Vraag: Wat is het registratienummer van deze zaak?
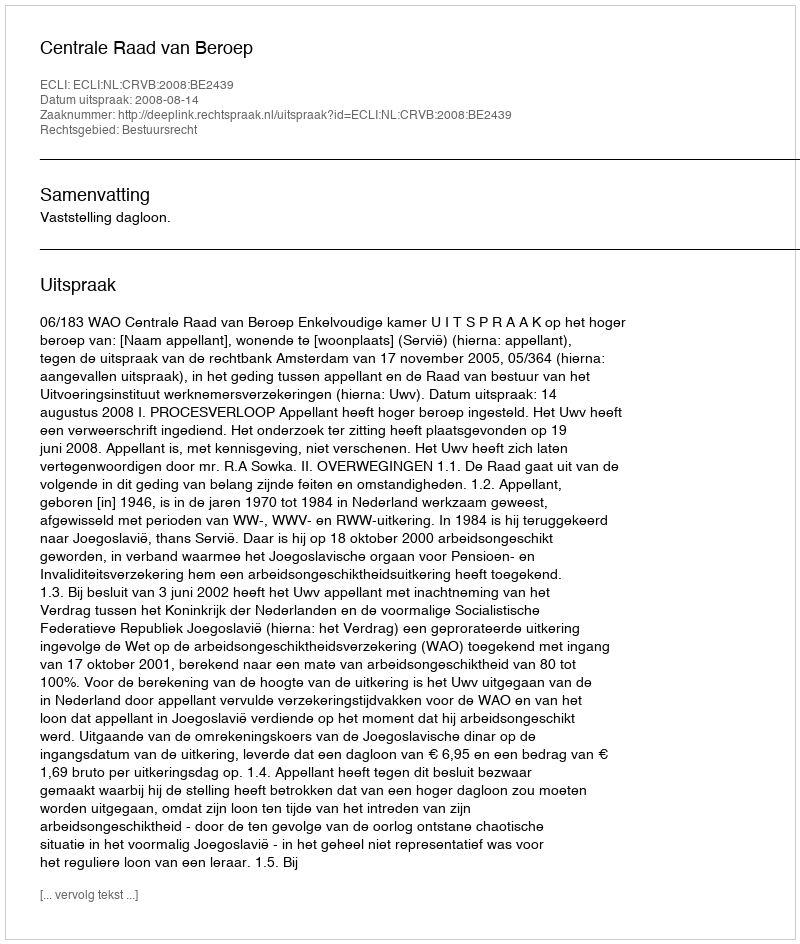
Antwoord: http://deeplink.rechtspraak.nl/uitspraak?id=ECLI:NL:CRVB:2008:BE2439